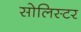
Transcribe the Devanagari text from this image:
सोलिस्टर